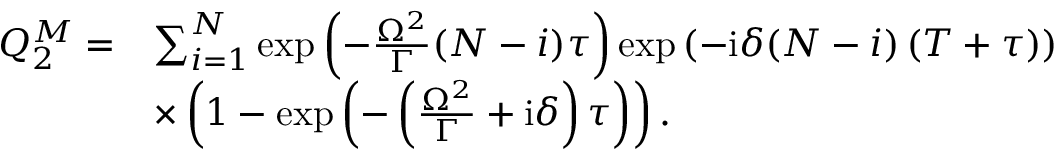
\begin{array} { r l } { Q _ { 2 } ^ { M } = } & { \sum _ { i = 1 } ^ { N } \exp \left( - \frac { \Omega ^ { 2 } } { \Gamma } ( N - i ) \tau \right) \exp \left( - \mathrm { i } \delta ( N - i ) \left( T + \tau \right) \right) } \\ & { \times \left( 1 - \exp \left( - \left( \frac { \Omega ^ { 2 } } { \Gamma } + \mathrm { i } \delta \right) \tau \right) \right) . } \end{array}